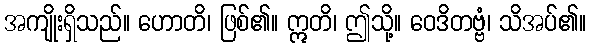
အကျိုးရှိသည်။ ဟောတိ၊ ဖြစ်၏။ ဣတိ၊ ဤသို့။ ဝေဒိတဗ္ဗံ၊ သိအပ်၏။